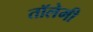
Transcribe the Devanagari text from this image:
तॉलेमी